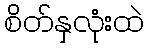
စိတ်နှလုံးထဲ